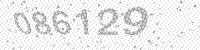
Solution: 086129